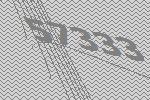
57333